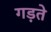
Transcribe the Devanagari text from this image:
गड़ते